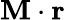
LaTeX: \mathbf{M}\cdot\mathbf{r}